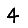
Digit: 4